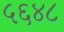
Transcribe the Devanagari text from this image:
५६४८